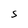
Character: S